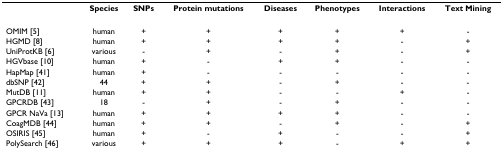
<table><thead><tr><td></td><td><b>Species</b></td><td><b>SNPs</b></td><td><b>Protein mutations</b></td><td><b>Diseases</b></td><td><b>Phenotypes</b></td><td><b>Interactions</b></td><td><b>Text Mining</b></td></tr></thead><tbody><tr><td>OMIM [5]</td><td>human</td><td>+</td><td>+</td><td>+</td><td>+</td><td>+</td><td>-</td></tr><tr><td>HGMD [8]</td><td>human</td><td>+</td><td>+</td><td>+</td><td>+</td><td>-</td><td>+</td></tr><tr><td>UniProtKB [6]</td><td>various</td><td>-</td><td>+</td><td>-</td><td>+</td><td>-</td><td>+</td></tr><tr><td>HGVbase [10]</td><td>human</td><td>+</td><td>-</td><td>+</td><td>+</td><td>-</td><td>-</td></tr><tr><td>HapMap [41]</td><td>human</td><td>+</td><td>-</td><td>-</td><td>-</td><td>-</td><td>-</td></tr><tr><td>dbSNP [42]</td><td>44</td><td>+</td><td>+</td><td>-</td><td>+</td><td>-</td><td>-</td></tr><tr><td>MutDB [11]</td><td>human</td><td>+</td><td>+</td><td>-</td><td>-</td><td>+</td><td>-</td></tr><tr><td>GPCRDB [43]</td><td>18</td><td>-</td><td>+</td><td>-</td><td>+</td><td>-</td><td>-</td></tr><tr><td>GPCR NaVa [13]</td><td>human</td><td>+</td><td>+</td><td>+</td><td>+</td><td>-</td><td>-</td></tr><tr><td>CoagMDB [44]</td><td>human</td><td>+</td><td>+</td><td>-</td><td>+</td><td>-</td><td>+</td></tr><tr><td>OSIRIS [45]</td><td>human</td><td>+</td><td>-</td><td>+</td><td>-</td><td>-</td><td>+</td></tr><tr><td>PolySearch [46]</td><td>various</td><td>+</td><td>+</td><td>+</td><td>-</td><td>+</td><td>+</td></tr></tbody></table>